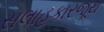
સલાહકારજૂથ